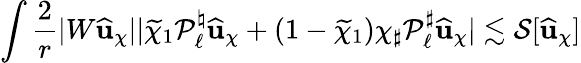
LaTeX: \int\frac{2}{r}|W\widehat{\mathbf{u}}_{\chi}||\widetilde{\chi}_{1}\mathcal{P}_{\ell}^{\natural}\widehat{\mathbf{u}}_{\chi}+(1-\widetilde{\chi}_{1})\chi_{\sharp}\mathcal{P}_{\ell}^{\sharp}\widehat{\mathbf{u}}_{\chi}|\lesssim\mathcal{S}[\widehat{\mathbf{u}}_{\chi}]